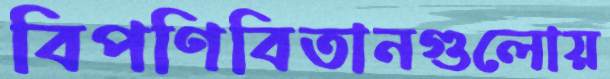
বিপণিবিতানগুলোয়